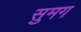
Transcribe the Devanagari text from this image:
सुमग